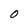
Character: O